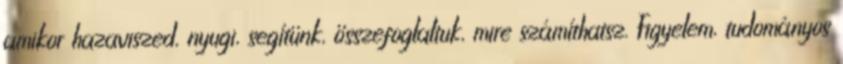
amikor hazaviszed, nyugi, segítünk, összefoglaltuk, mire számíthatsz. Figyelem, tudományos